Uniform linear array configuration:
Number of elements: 48
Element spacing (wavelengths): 1
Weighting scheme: kaiser
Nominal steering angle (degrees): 0
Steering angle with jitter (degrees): -0.2289
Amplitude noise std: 0.05
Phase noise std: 0.05

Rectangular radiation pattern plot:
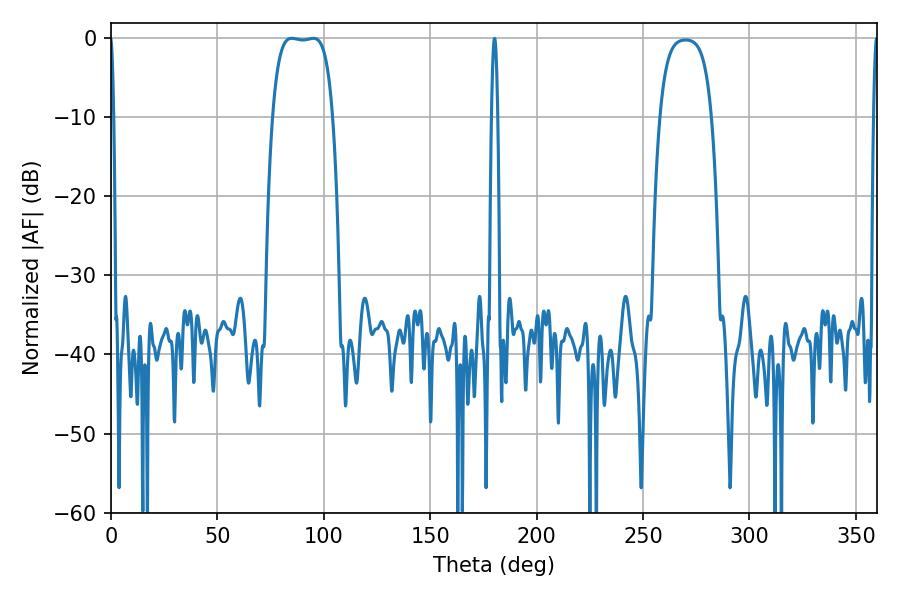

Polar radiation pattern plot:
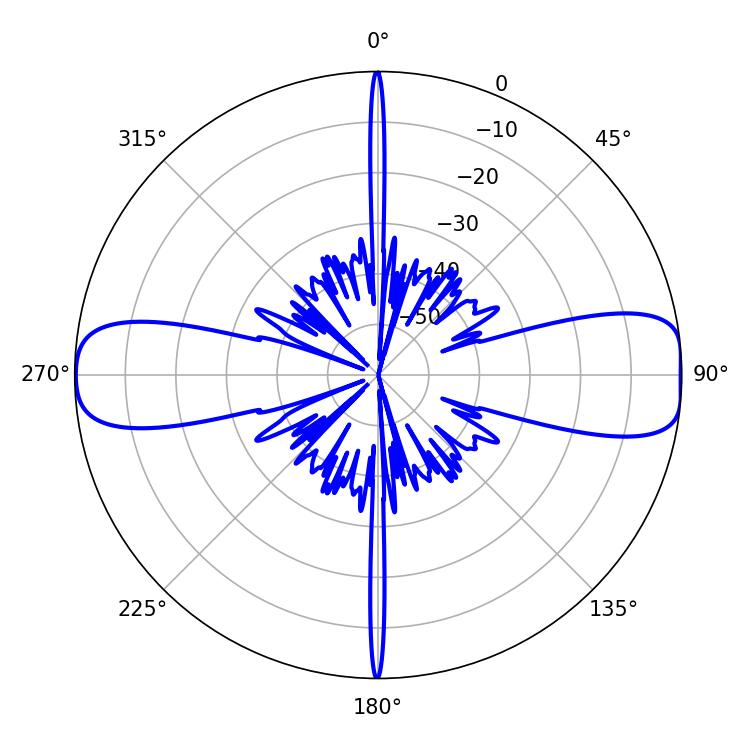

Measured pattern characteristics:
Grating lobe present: TRUE
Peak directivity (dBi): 13.021
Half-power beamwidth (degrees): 21.96
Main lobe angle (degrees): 84.96